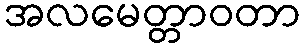
အလမေတ္တာဝတာ